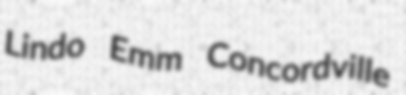
Lindo Emm Concordville